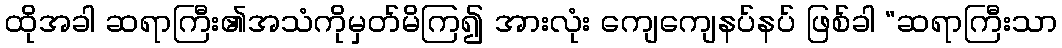
ထိုအခါ ဆရာကြီး၏အသံကိုမှတ်မိကြ၍ အားလုံး ကျေကျေနပ်နပ် ဖြစ်ခါ “ဆရာကြီးသာ